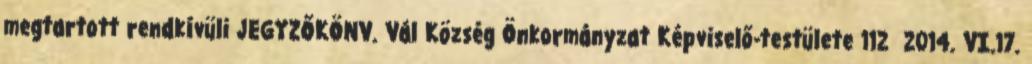
megtartott rendkívüli JEGYZŐKÖNV. Vál Község Önkormányzat Képviselő-testülete 112 2014. VI.17.